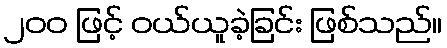
၂၀၀ ဖြင့် ဝယ်ယူခဲ့ခြင်း ဖြစ်သည်။